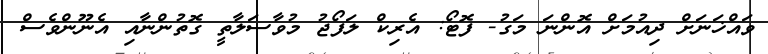
ވައްޚަނަށް ދިއުމަށް އޮންނަ މަގު- ފޮޓޯ: އެރިކް ލަފޯޖު މުވާސަލާތީ ގޮތުންނާއި އެނޫންވެސް